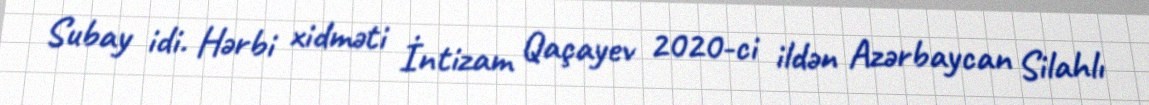
Subay idi. Hərbi xidməti İntizam Qaçayev 2020-ci ildən Azərbaycan Silahlı